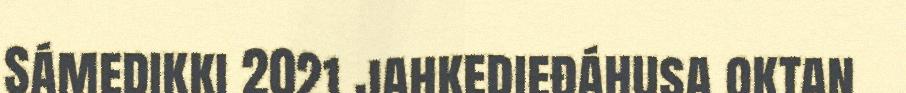
Sámedikki 2021 jahkedieđáhusa oktan